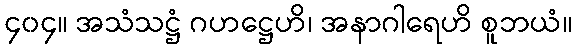
၄၀၄။ အသံသဋ္ဌံ ဂဟဋ္ဌေဟိ၊ အနာဂါရေဟိ စူဘယံ။